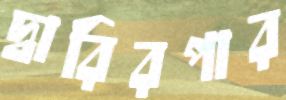
দ্বারিরপার